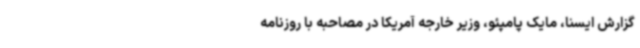
گزارش ایسنا، مایک پامپئو، وزیر خارجه آمریکا در مصاحبه با روزنامه